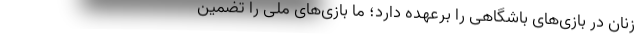
زنان در بازی‌های باشگاهی را برعهده دارد؛ ما بازی‌های ملی را تضمین